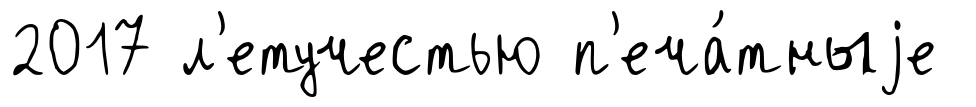
2017 л'етучестью п'еча́тныjе